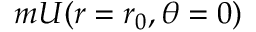
m { \cal { { U } ( r = r _ { 0 } , \theta = 0 ) } }